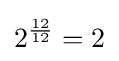
2^{\frac {12}{12}}=2